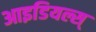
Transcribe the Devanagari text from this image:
आइडियल्स्‌